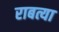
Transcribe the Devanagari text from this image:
राबत्या